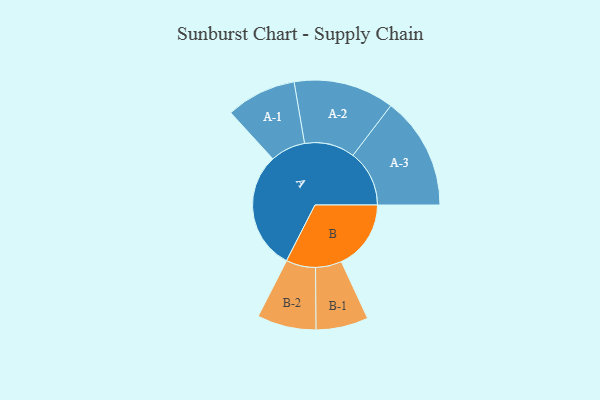
{"axis": {"x": "Segment", "y": "Value"}, "legend": ["", "A", "B"], "data": [{"x": "A", "y": 489, "type": ""}, {"x": "B", "y": 288, "type": ""}, {"x": "A-1", "y": 145, "type": "A"}, {"x": "A-2", "y": 208, "type": "A"}, {"x": "A-3", "y": 233, "type": "A"}, {"x": "B-1", "y": 108, "type": "B"}, {"x": "B-2", "y": 122, "type": "B"}]}